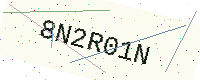
Text: 8N2R01N